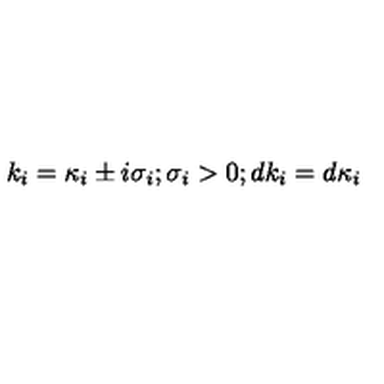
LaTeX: k _ { i } = { \kappa } _ { i } \pm i { \sigma } _ { i } ; { \sigma } _ { i } > 0 ; d k _ { i } = d { \kappa } _ { i }